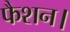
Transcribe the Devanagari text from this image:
फैशन।